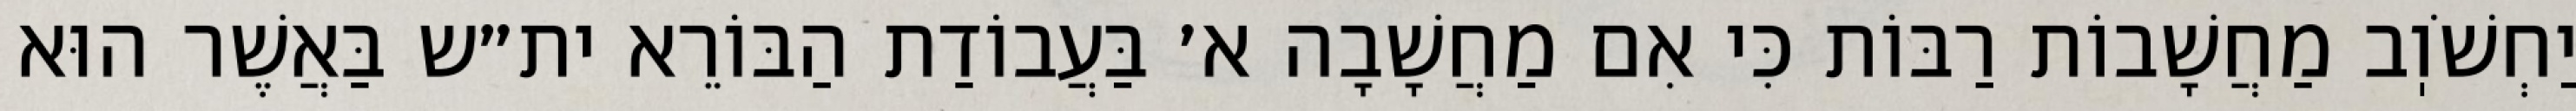
יַחְשֹׁוֽב מַחֲשָׁבוֹת רַבּוֹת כִּי אִם מַחֲשָׁבָה א׳ בַּעֲבוֹדַת הַבּוֹרֵא ית״ש בַּאֲשֶׁר הוּא